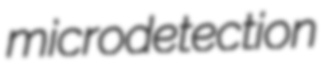
microdetection